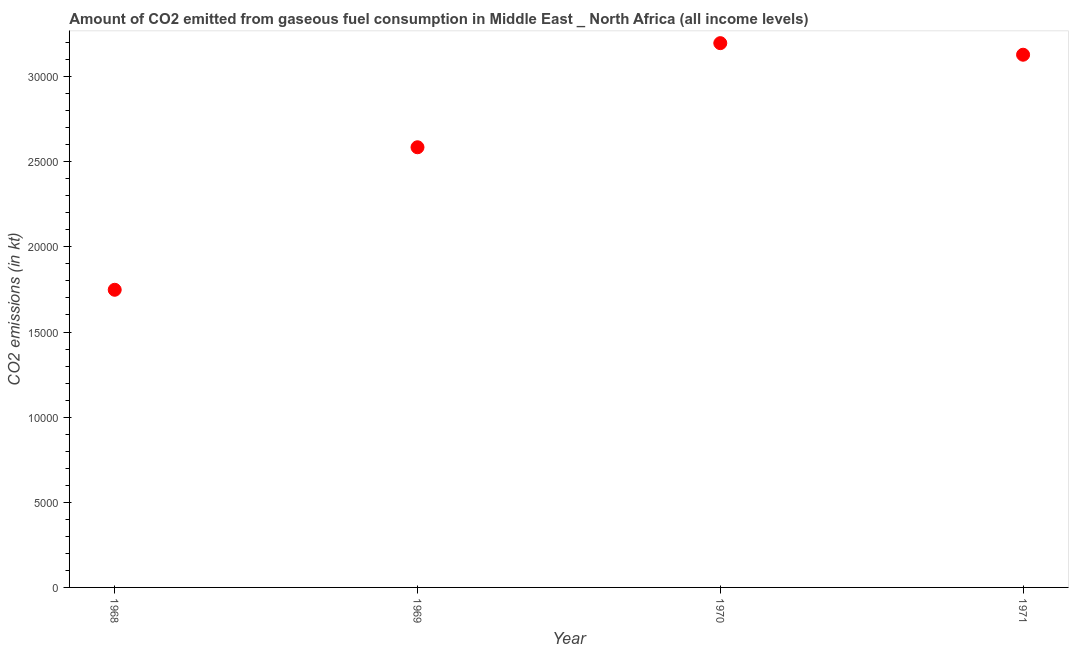
| Year | CO2 emissions from gaseous fuel consumption |
 | --- | --- |
 | 1968 | 1.75e+04 |
 | 1969 | 2.59e+04 |
 | 1970 | 3.2e+04 |
 | 1971 | 3.13e+04 |